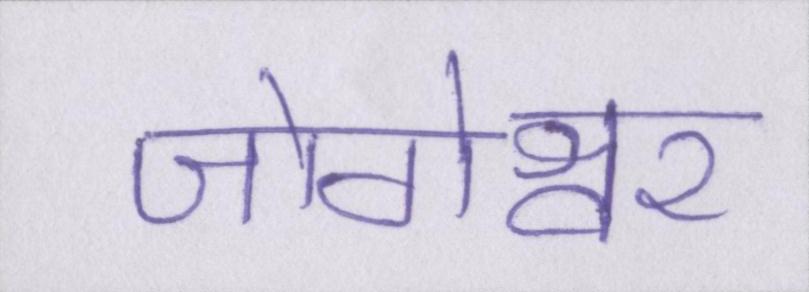
जोगेश्वर